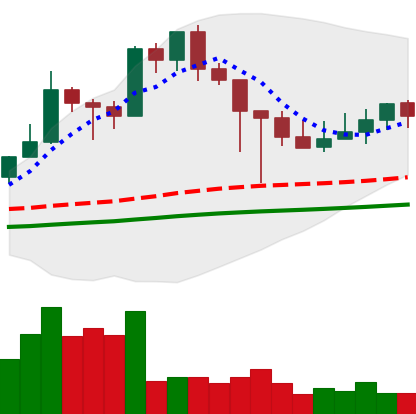
Ticker: XMR-USD
Chart end date: 2021-03-02
Forward return: -5.566%
Label: down_5_7